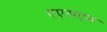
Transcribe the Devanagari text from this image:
एएसएम